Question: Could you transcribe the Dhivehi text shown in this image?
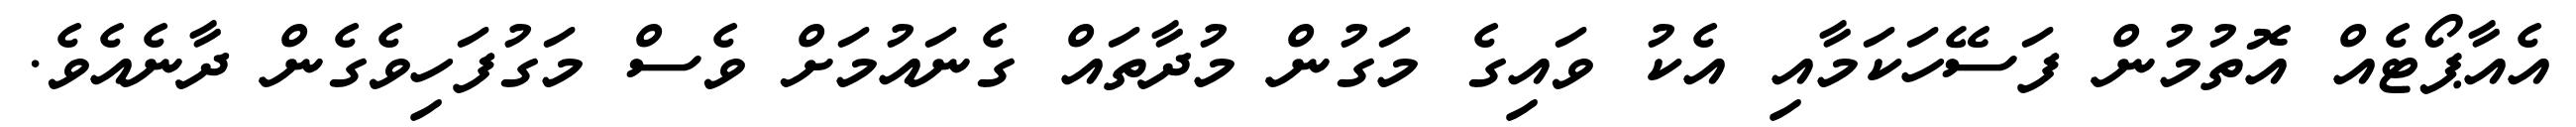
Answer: އެއާޕޯޓެއް އޮތުމުން ފަސޭހަކަމާއި އެކު ވައިގެ މަގުން މުދާތައް ގެނައުމަށް ވެސް މަގުފަހިވެގެން ދާނެއެވެ.